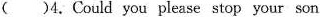
()4.Could you please stop your son